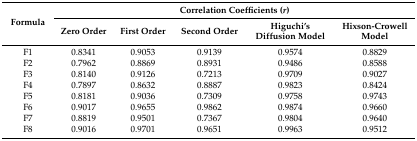
| <ROWSPAN=2> Formula | <COLSPAN=5> Correlation Coefficients (r) |
 | Zero Order | First Order | Second Order | Higuchi’s Diffusion Model | Hixson-Crowell Model |
 | --- | --- | --- | --- | --- | --- |
 | F1 | 0.8341 | 0.9053 | 0.9139 | 0.9574 | 0.8829 |
 | F2 | 0.7962 | 0.8869 | 0.8931 | 0.9486 | 0.8588 |
 | F3 | 0.8140 | 0.9126 | 0.7213 | 0.9709 | 0.9027 |
 | F4 | 0.7897 | 0.8632 | 0.8887 | 0.9823 | 0.8424 |
 | F5 | 0.8181 | 0.9036 | 0.7309 | 0.9758 | 0.9743 |
 | F6 | 0.9017 | 0.9655 | 0.9862 | 0.9874 | 0.9660 |
 | F7 | 0.8819 | 0.9501 | 0.7367 | 0.9804 | 0.9640 |
 | F8 | 0.9016 | 0.9701 | 0.9651 | 0.9963 | 0.9512 |